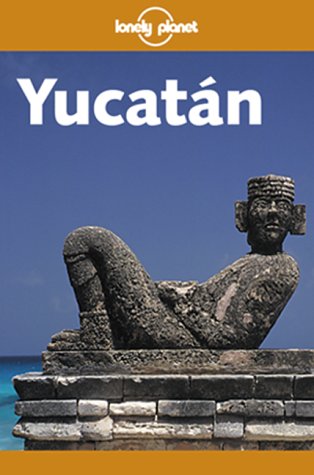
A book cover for Lonely Planet Yucatan; Scott Doggett; Travel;